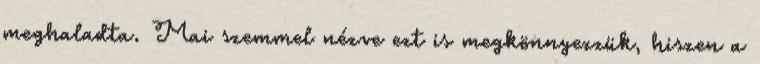
meghaladta. Mai szemmel nézve ezt is megkönnyezzük, hiszen a